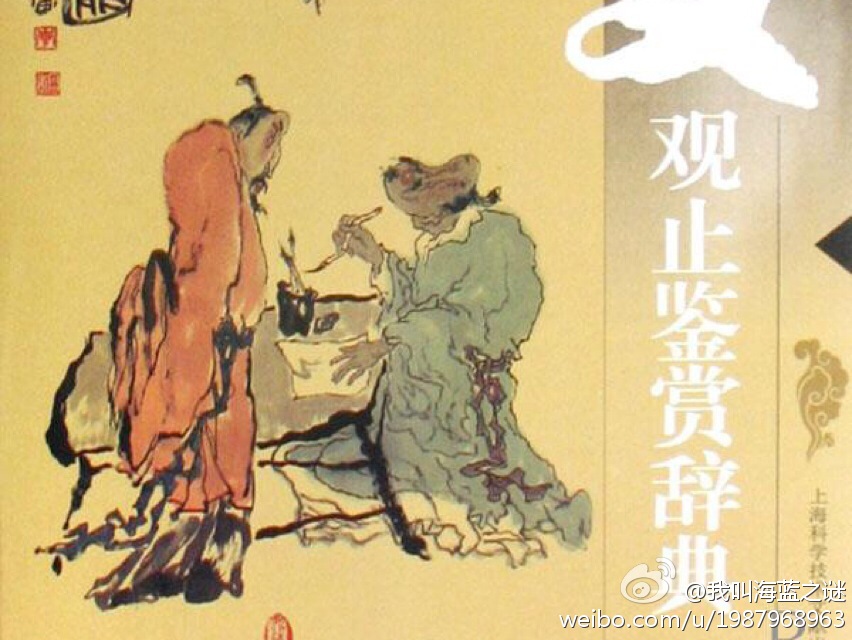
礼，经国家，定社稷，序民人，利后嗣